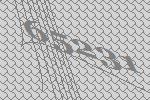
65231